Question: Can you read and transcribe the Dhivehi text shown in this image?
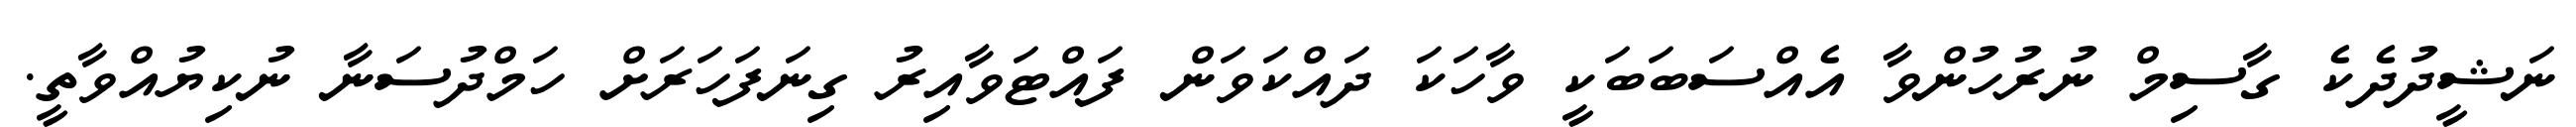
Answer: ނަޝީދުދެކެ ގާސިމް ނުރުހުންވާ އެއްސަބަބަކީ ވާހަކަ ދައްކަވަން ފައްޓަވާއިރު ގިނަފަހަރަށް ހަމްދުސަނާ ނުކިޔުއްވާތީ.